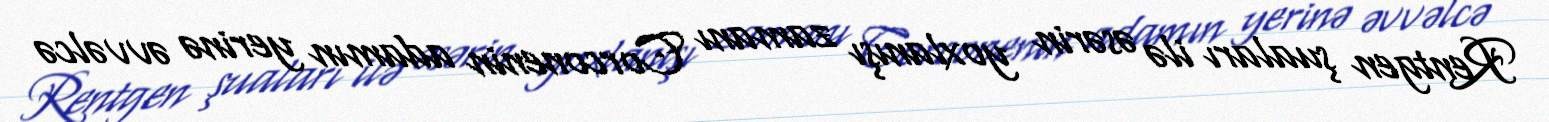
Rentgen şuaları ilə əsərin yoxlanışı zamanı Corconenin adamın yerinə əvvəlcə